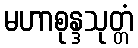
မဟာစုန္ဒသုတ္တံ